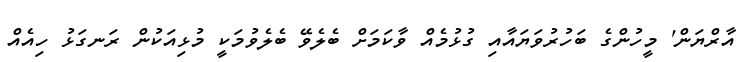
އާރްޔަން' މީހުންގެ ބަހުރުވަޔައާއި ގުޅުމެއް ވާކަމަށް ބެލެވޭ ބެލެވުމަކީ މުޅިއަކުން ރަނގަޅު ހިއެއް